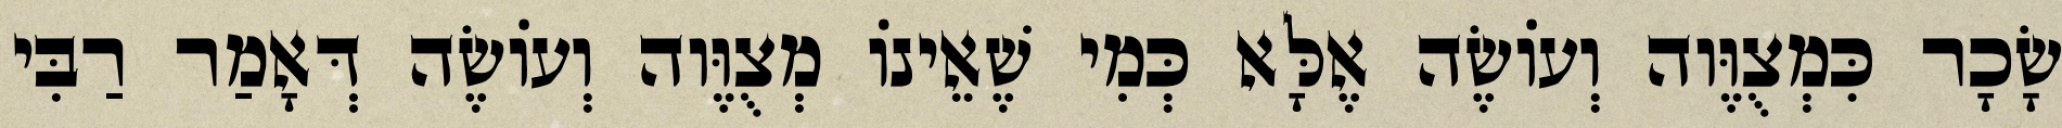
שָׂכָר כִּמְצֻוֶּוה וְעוֹשֶׂה אֶלָּא כְּמִי שֶׁאֵינוֹ מְצֻוֶּוה וְעוֹשֶׂה דְּאָמַר רַבִּי